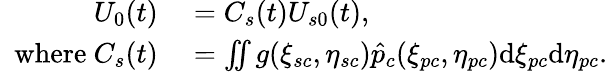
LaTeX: \begin{array}{rl}{U_{0}(t)}&{{}=C_{s}(t)U_{s0}(t),}\\ {\mathrm{~~where~}C_{s}(t)}&{{}=\iint g(\xi_{sc},\eta_{sc})\hat{p}_{c}(\xi_{pc},\eta_{pc})\mathrm{d}\xi_{pc}\mathrm{d}\eta_{pc}.}\end{array}